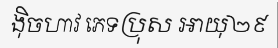
ង៉ិចហាវ ភេទប្រុស អាយុ២៩